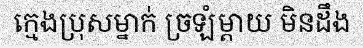
ក្មេងប្រុសម្នាក់ ច្រឡំម្តាយ មិនដឹង